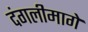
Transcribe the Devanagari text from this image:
दंगलीमागे